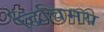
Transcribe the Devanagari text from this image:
द्विविमय